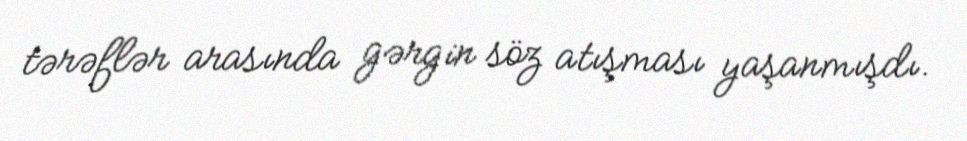
tərəflər arasında gərgin söz atışması yaşanmışdı.